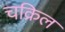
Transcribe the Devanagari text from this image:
चक्रिल